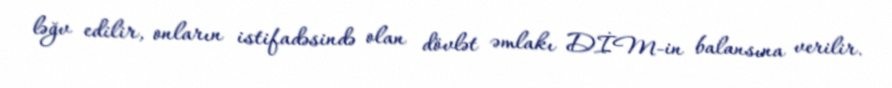
ləğv edilir, onların istifadəsində olan dövlət əmlakı DİM-in balansına verilir.